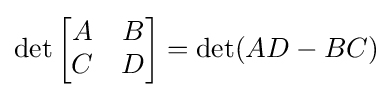
\det {\begin{bmatrix}A&B\\C&D\end{bmatrix}}=\det(AD-BC)